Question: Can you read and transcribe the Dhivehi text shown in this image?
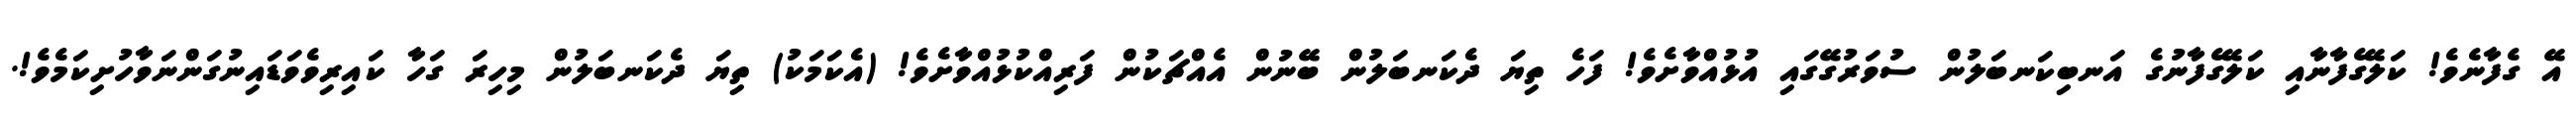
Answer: އޭ ގެފާނެވެ! ކަލޭގެފާނާއި ކަލޭގެފާނުގެ އަނބިކަނބަލުން ސުވަރުގޭގައި އުޅުއްވާށެވެ! ފަހެ ތިޔަ ދެކަނބަލުން ބޭނުން އެއްޗަކުން ފަރިއްކުޅުއްވާށެވެ! (އެކަމަކު) ތިޔަ ދެކަނބަލުން މިހިރަ ގަހާ ކައިރިވެވަޑައިނުގަންނަވާހުށިކަމެވެ!.